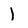
Character: 1